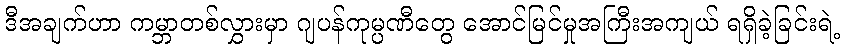
ဒီအချက်ဟာ ကမ္ဘာတစ်လွှားမှာ ဂျပန်ကုမ္ပဏီတွေ အောင်မြင်မှုအကြီးအကျယ် ရရှိခဲ့ခြင်းရဲ့